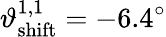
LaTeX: \vartheta_{\mathrm{shift}}^{1,1}=-6.4^{\circ}